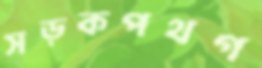
সড়কপথগ